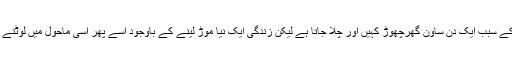
والدین کی مجبوری ،غریبی اور پیش آنے والے حالات و واقعات کے سبب ایک دن ساون گھرچھوڑ کہیں اور چلا جاتا ہے لیکن زندگی ایک نیا موڑ لینے کے باوجود اسے پھر اسی ماحول میں لوٹنے پر مجبور کردیتی ہے جہاں سے اس نے راہ فرار اختیار کی تھی۔